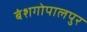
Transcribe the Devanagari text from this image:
बंशगोपालपुर